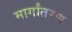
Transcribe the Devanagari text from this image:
मार्गांतरण